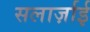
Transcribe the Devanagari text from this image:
सलार्ज़ाई